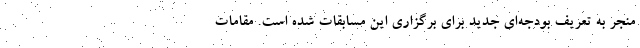
منجر به تعریف بودجه‌ای جدید برای برگزاری این مسابقات شده است. مقامات